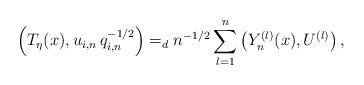
LaTeX: \begin{align*}\left( T_{\eta }(x),u_{i,n}\,q_{i,n}^{-1/2}\right)=_{d}n^{-1/2}\sum_{l=1}^{n}\left( Y_{n}^{(l)}(x),U^{(l)}\right) ,\end{align*}